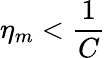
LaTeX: \eta_{m}<\frac{1}{C}